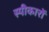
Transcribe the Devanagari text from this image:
स्पीकारों